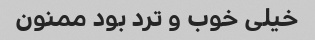
خیلی خوب و ترد بود ممنون